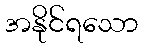
အနိုင်ရသော